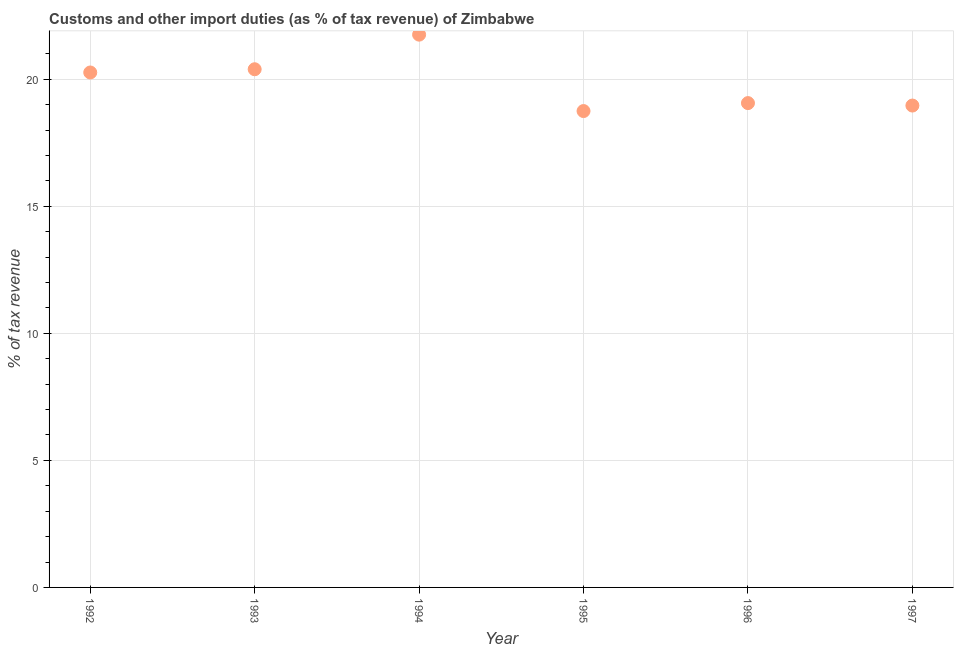
| Year | Customs and other import duties |
 | --- | --- |
 | 1992 | 20.3 |
 | 1993 | 20.4 |
 | 1994 | 21.8 |
 | 1995 | 18.8 |
 | 1996 | 19.1 |
 | 1997 | 19 |